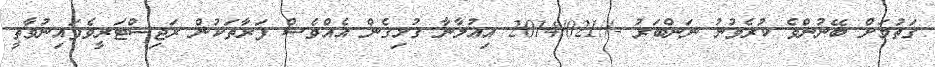
ގަތުމަށް ބޭނުންވެ ކުރެވުނު ނަންބަރު -//2014/021 އިޢުލާނާ ގުޅިގެން އެއްވެސް ފަރާތަކުން ރަޖިސްޓަރީވެފައިނުވާތީ